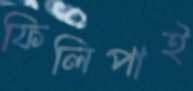
ফিলিপাই